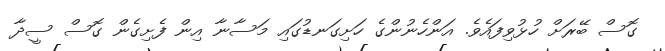
ގޮސް ބޭރަށް ހުޅުވިފައެވެ. އަންހެނުންގެ ހަށިގަނޑުގައި މަސާނާ އިން ފެށިގެން ގޮސް ސީދާ